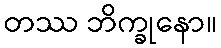
တဿ ဘိက္ခုနော။